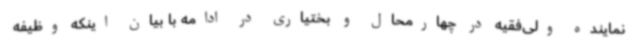
نماینده ولی‌فقیه در چهارمحال و بختیاری در ادامه با بیان اینکه وظیفه